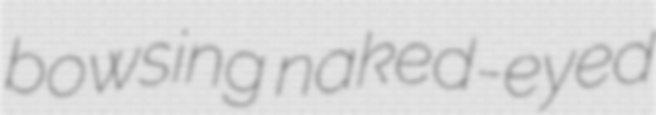
bowsing naked-eyed